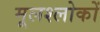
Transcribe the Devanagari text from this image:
मूलश्लोकों